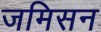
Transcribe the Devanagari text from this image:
जमिसन